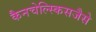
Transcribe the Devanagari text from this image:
कैनचेल्स्किसजैसे